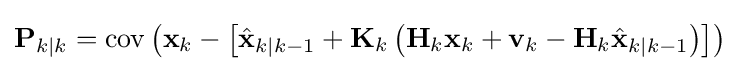
\mathbf {P} _{k\mid k}=\operatorname {cov} \left(\mathbf {x} _{k}-\left[{\hat {\mathbf {x} }}_{k\mid k-1}+\mathbf {K} _{k}\left(\mathbf {H} _{k}\mathbf {x} _{k}+\mathbf {v} _{k}-\mathbf {H} _{k}{\hat {\mathbf {x} }}_{k\mid k-1}\right)\right]\right)